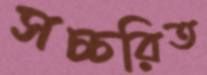
সচ্চরিত